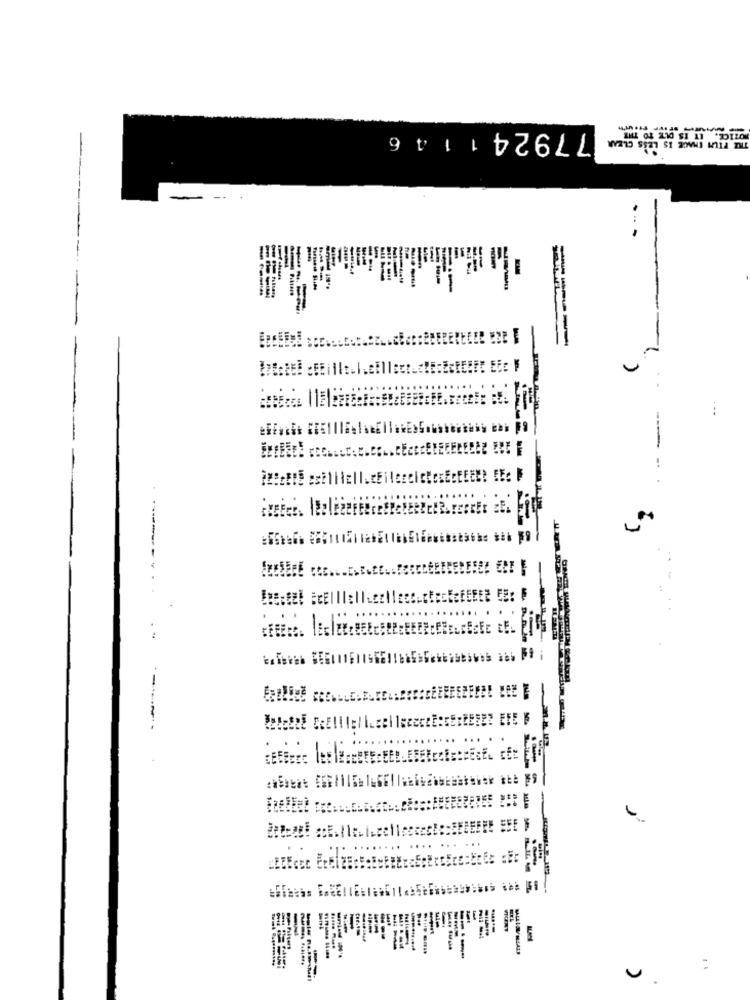
77924
9 V
--
-----
ـم
...
-- -
٠٠
. -
EFI
٠
...
٠٠
....
-
---
---
. .
u.